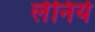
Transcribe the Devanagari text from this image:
लेनिये